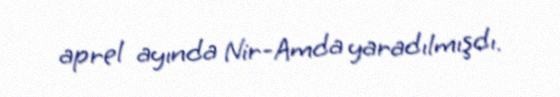
aprel ayında Nir-Amda yaradılmışdı.